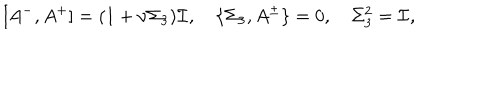
LaTeX: [ A ^ { - } , A ^ { + } ] = ( 1 + \nu \Sigma _ { 3 } ) { \cal I } , \quad \{ \Sigma _ { 3 } , A ^ { \pm } \} = 0 , \quad \Sigma _ { 3 } ^ { 2 } = { \cal I } ,